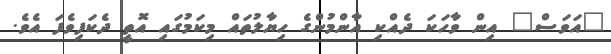
"އަވަސް" އިން ވާހަކަ ދެއްކި އާންމުންގެ ހިޔާލުތައް މިކަމުގައި އޮތީ ދެކަފިވެފަ އެވެ.